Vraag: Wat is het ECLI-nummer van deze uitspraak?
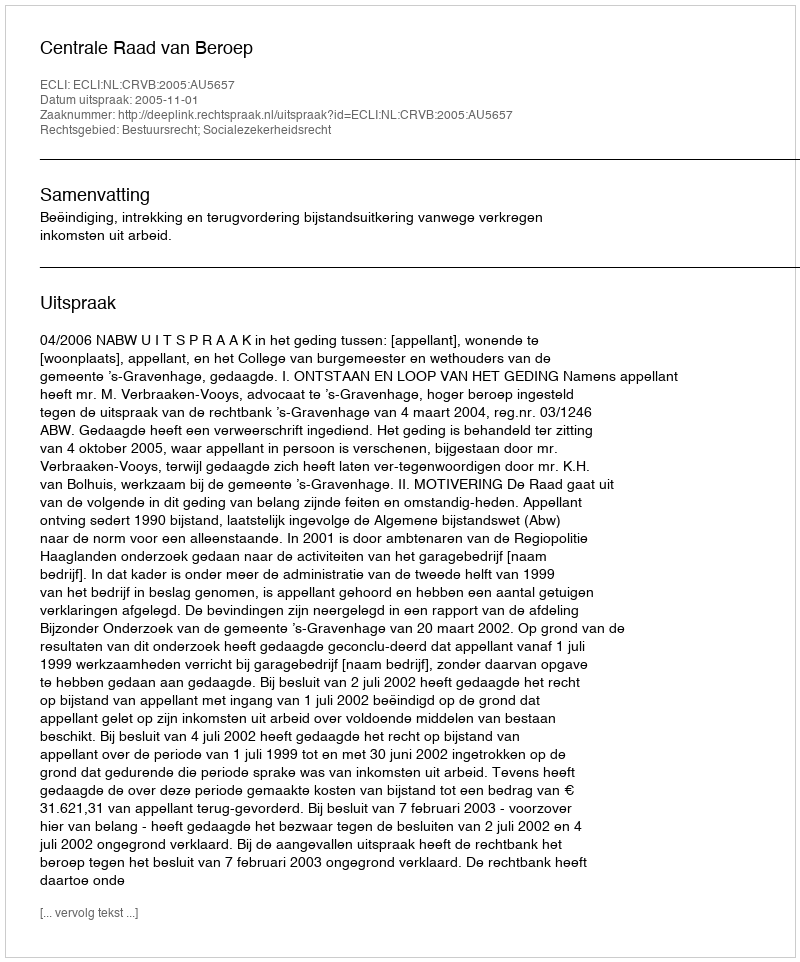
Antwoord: ECLI:NL:CRVB:2005:AU5657